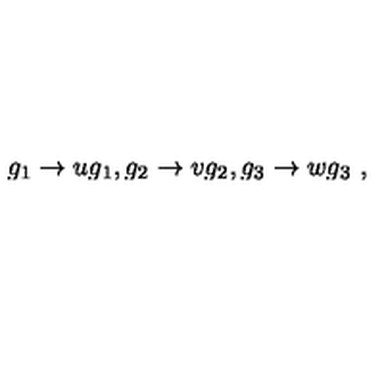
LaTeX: g _ { 1 } \rightarrow u g _ { 1 } , g _ { 2 } \rightarrow v g _ { 2 } , g _ { 3 } \rightarrow w g _ { 3 } \ ,